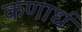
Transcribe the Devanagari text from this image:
कणार्ध